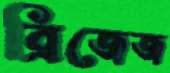
ব্রিজেজ